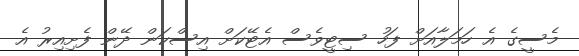
މެސީގެ އެ ހަމަލާއަށް ފަހު ސިޓީވެސް އެޓޭކަށް އިސްކަން ދޭން ފެށިއިރު އެ